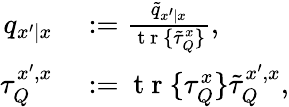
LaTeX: \begin{array}{rl}{q_{x^{\prime}|x}}&{{}:=\frac{\tilde{q}_{x^{\prime}|x}}{\mathrm{~t~r~}\{ \tilde{\tau}_{Q}^{x}\} },}\\ {\tau_{Q}^{x^{\prime},x}}&{{}:=\mathrm{~t~r~}\{ \tau_{Q}^{x}\} \tilde{\tau}_{Q}^{x^{\prime},x},}\end{array}